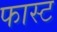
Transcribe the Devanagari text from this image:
फास्‍ट